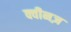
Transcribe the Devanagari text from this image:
क्वीनज़